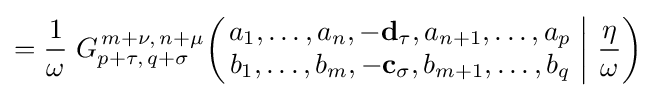
={\frac {1}{\omega }}\;G_{p+\tau ,\,q+\sigma }^{\,m+\nu ,\,n+\mu }\!\left(\left.{\begin{matrix}a_{1},\dots ,a_{n},-\mathbf {d_{\tau }} ,a_{n+1},\dots ,a_{p}\\b_{1},\dots ,b_{m},-\mathbf {c_{\sigma }} ,b_{m+1},\dots ,b_{q}\end{matrix}}\;\right|\,{\frac {\eta }{\omega }}\right)